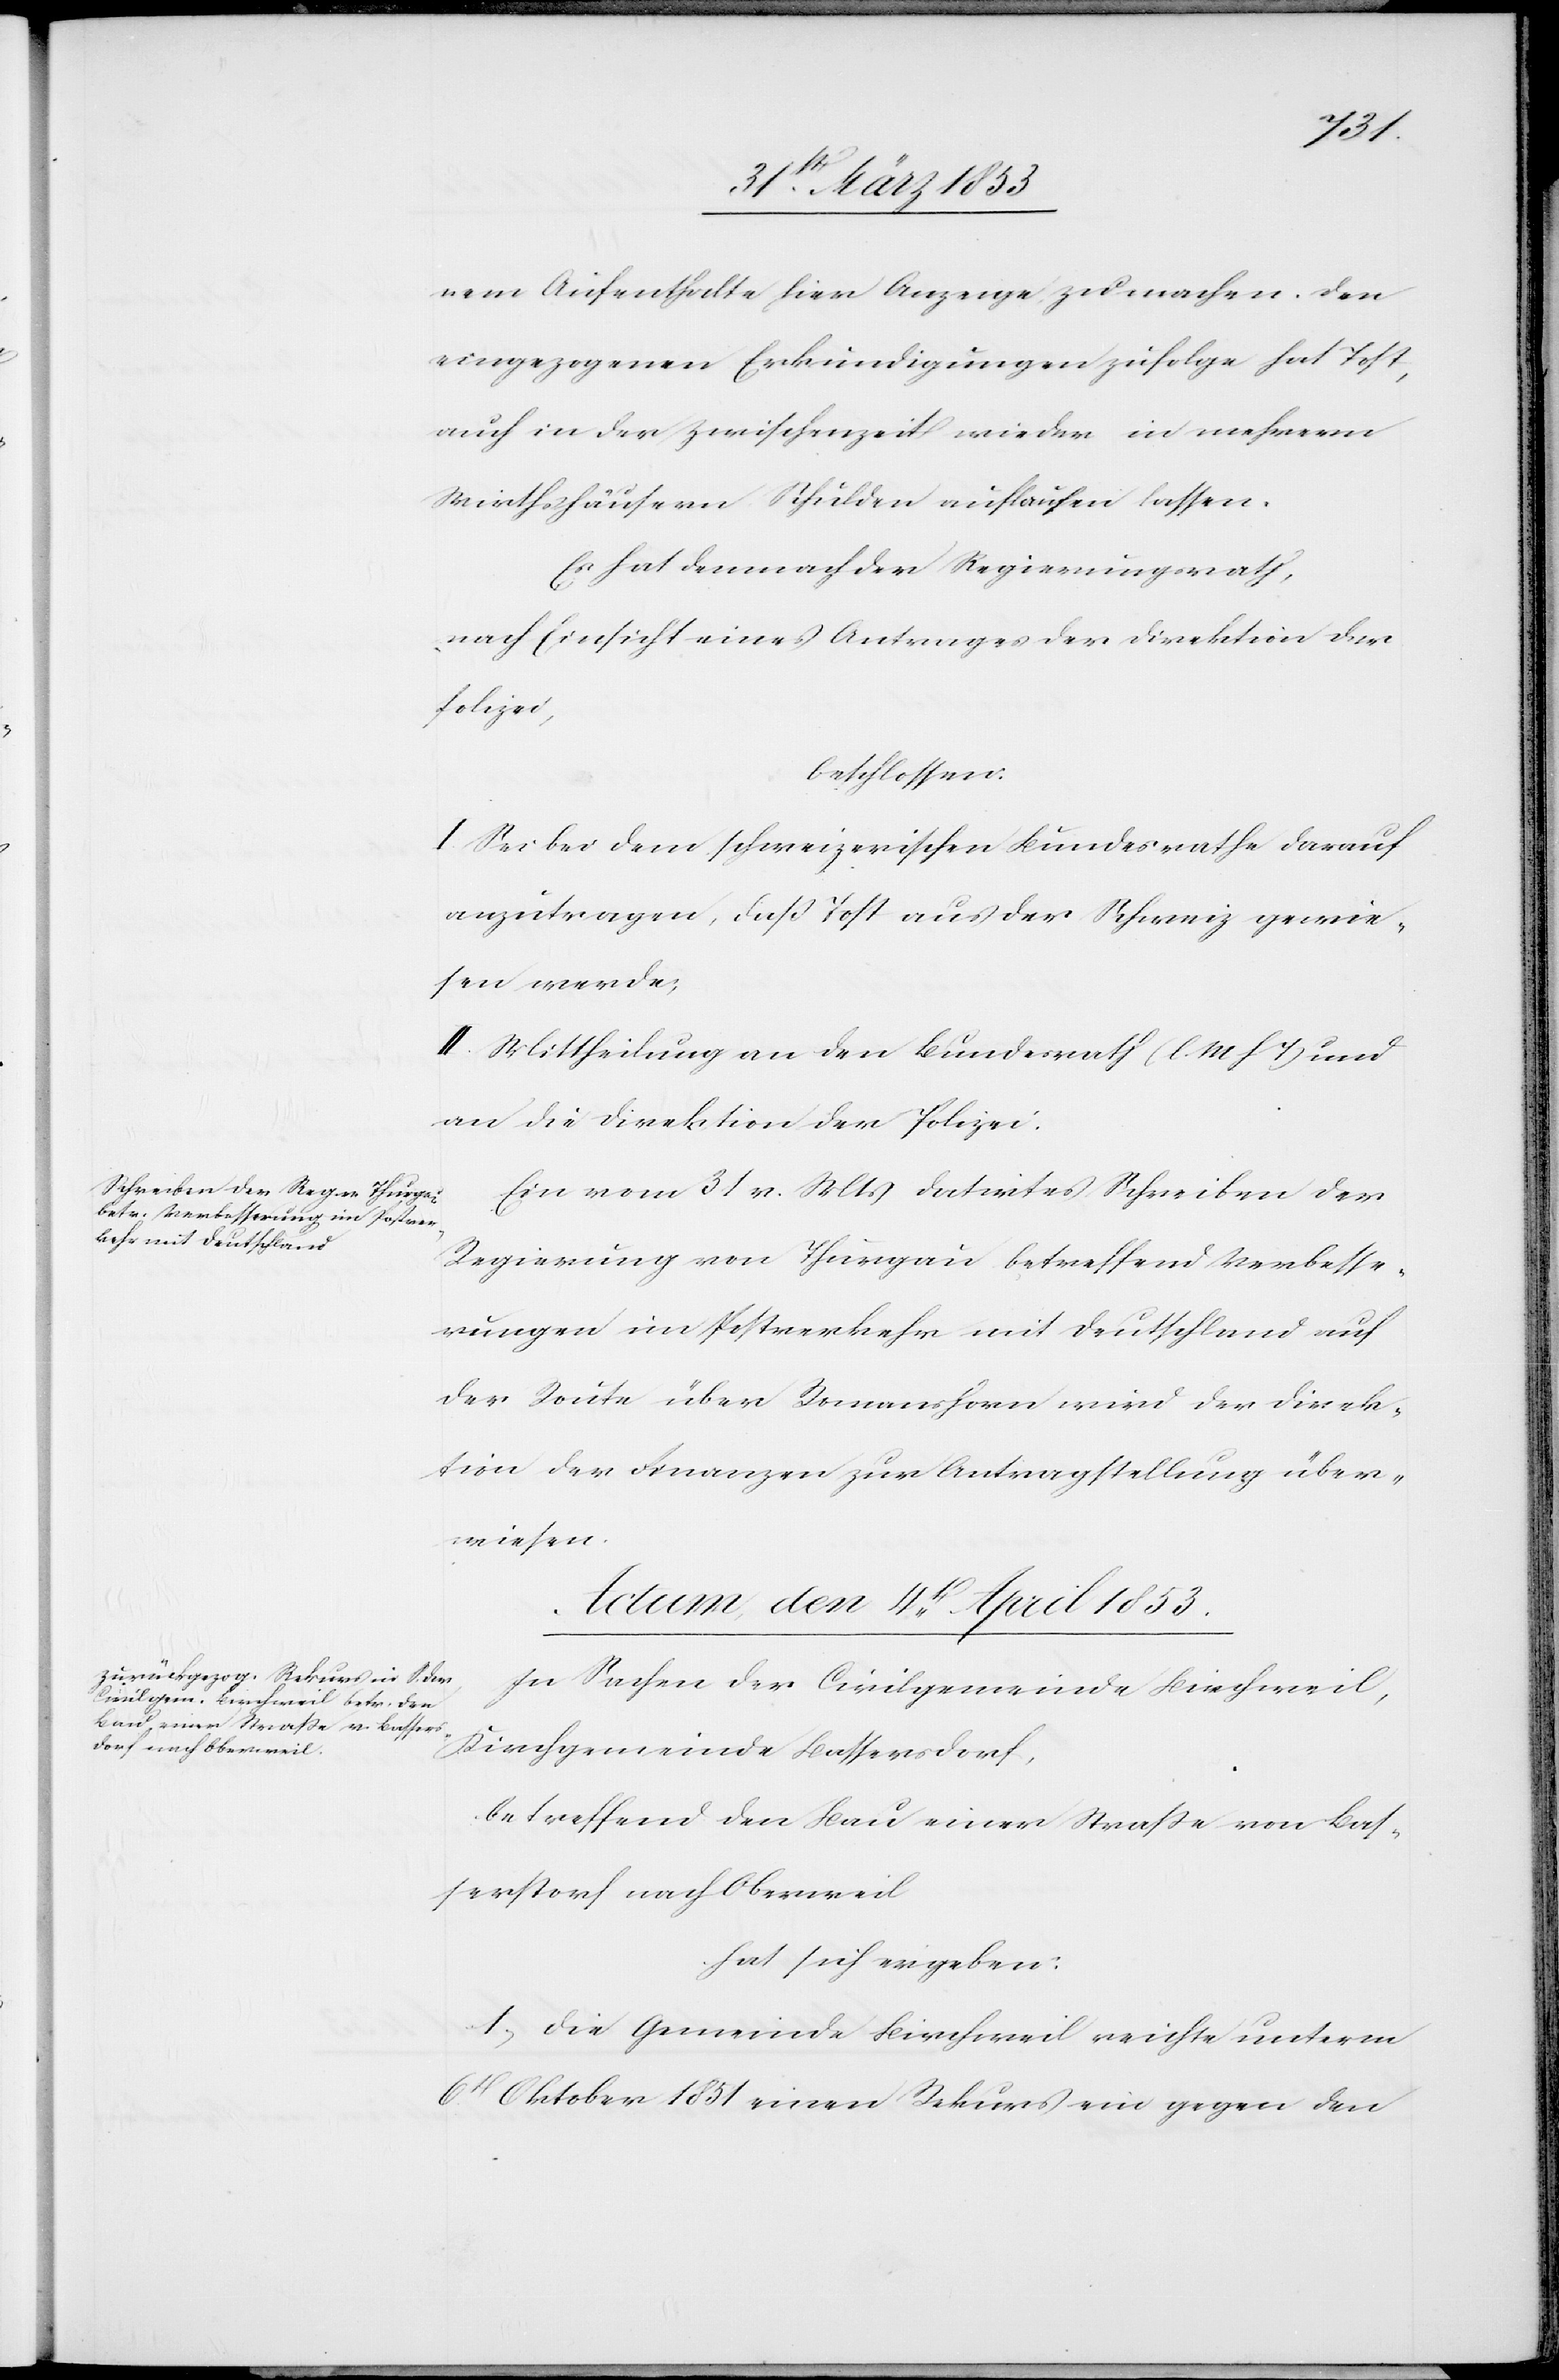
nem Aufenthalte hier Anzeige zu machen. Den
eingezogenen Erkundigungen zufolge hat Tost,
auch in der Zwischenzeit wieder in mehrern
Wirthshäusern Schuld auflaufen lassen.
Es hat demnach der Regierungsrath,
nach Einsicht eines Antrages der Direktion der
Polizei,
beschlossen:
I. Sei bei dem schweizerischen Bundesrathe darauf
anzutragen, daß Tost aus der Schweiz gewie¬
sen werde;
II. Mittheilung an den Bundesrath [l. M. h. T] und
an die Direktion der Polizei.
Ein vom 31 v. Mts. datirtes Schreiben der
Regierung von Thurgau betreffend Verbesse¬
rungen im Postverkehr mit Deutschland auf
der Route über Romanshorn wird der Direk¬
tion der Finanzen zur Antragstellung über¬
wiesen.
Actum den 4t. April 1853
In Sachen der Civilgemeinde Birchweil,
Kirchgemeinde Basserstorf,
betreffend den Bau einer Straße von Bas¬
serstorf nach Oberweil
hat sich ergeben:
1, Die Gemeinde Birchweil reichte unterm
6t. Oktober 1851 einen Rekurs ein gegen den